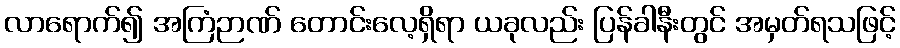
လာရောက်၍ အကြံဉာဏ် တောင်းလေ့ရှိရာ ယခုလည်း ပြန်ခါနီးတွင် အမှတ်ရသဖြင့်